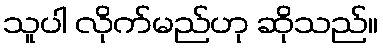
သူပါ လိုက်မည်ဟု ဆိုသည်။